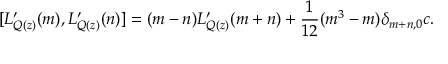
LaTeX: [ L _ { Q ( z ) } ^ { \prime } ( m ) , L _ { Q ( z ) } ^ { \prime } ( n ) ] = ( m - n ) L _ { Q ( z ) } ^ { \prime } ( m + n ) + { \displaystyle \frac { 1 } { 1 2 } } ( m ^ { 3 } - m ) \delta _ { m + n , 0 } c .